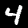
Label: 4